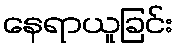
နေရာယူခြင်း